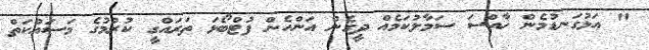
" އަޅުގަނޑުމެން ޚާއްސަ ސަމާލުކަމެއް ދީގެން އަންހެން ފުޓްބޯޅަ ތަރައްގީ ކުރުމުގެ މަސައްކަތް